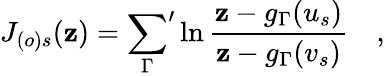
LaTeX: J_{(o)s}(\mathbf{z})={\sum_{\Gamma}}^{\prime}\ln\frac{{\mathbf{z}-g_{\Gamma}(u_{s})}}{{\mathbf{z}-g_{\Gamma}(v_{s})}}\quad,